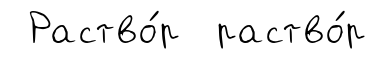
Раство́р раство́р